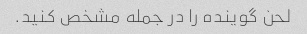
لحن گوینده را در جمله مشخص کنید.